Report on sanitation, dispensaries, and jails in Rajputana for 1912, and on vaccination for the year 1912-1913 - 1912-1913
Year: 1912
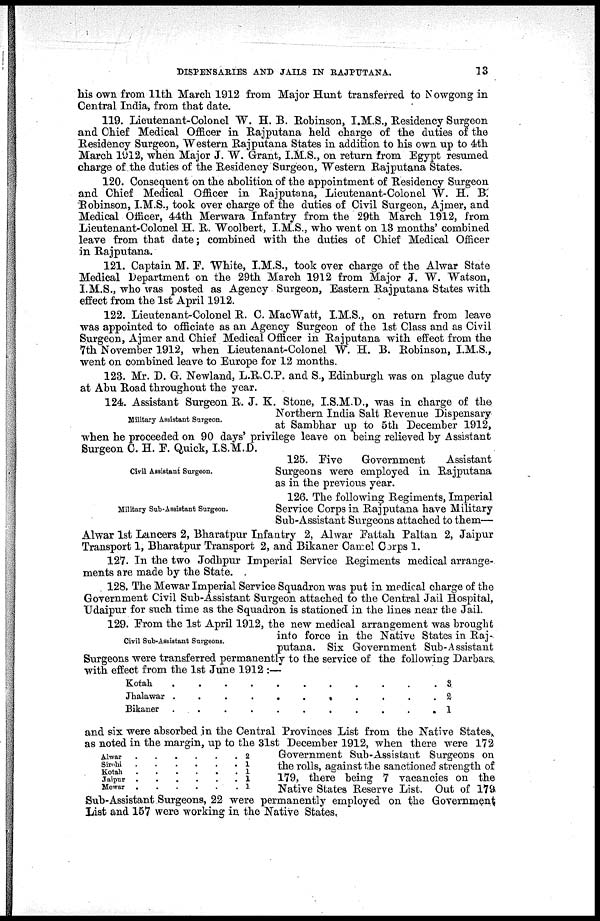
DISPENSAEIES AND JAILS IN RAJPUTANA.
13
his own from 11th March 1912 from Major Hunt transferred to Nowgong in
Central India, from that date.
119. Lieutenant-Colonel W. H. B. Robinson, I.M.S., Residency Surgeon
and Chief Medical Officer in Rajputana held charge of the duties of the
Residency Surgeon, Western Rajputana States in addition to his own up to 4th
March 1912, when Major J. W. Grant, I.M.S., on return from Egypt resumed
charge of the duties of the Residency Surgeon, Western Rajputana States.
120. Consequent on the abolition of the appointment of Residency Surgeon
and Chief Medical Officer in Rajputana, Lieutenant-Colonel W. H. B.
Robinson, I.M.S., took over charge of the duties of Civil Surgeon, Ajmer, and
Medical Officer, 44th Merwara Infantry from the 29th March 1912, from
Lieutenant-Colonel H. R. Woolbert, I.M.S., who went on 13 months' combined
leave from that date; combined with the duties of Chief Medical Officer
in Rajputana.
121. Captain M. F. White, I.M.S., took over charge of the Alwar State
Medical Department on the 29th March 1912 from Major J. W. Watson,
I.M.S., who was posted as Agency Surgeon, Eastern Rajputana States with
effect from the 1st April 1912.
122. Lieutenant-Colonel R. C. MacWatt, I.M.S., on return from leave
was appointed to officiate as an Agency Surgeon of the 1st Class and as Civil
Surgeon, Ajmer and Chief Medical Officer in Rajputana with effect from the
7th November 1912, when Lieutenant-Colonel W. H. B. Robinson, I.M.S.,
went on combined leave to Europe for 12 months.
123. Mr. D. G. Newland, L.R.C.P. and S., Edinburgh was on plague duty
at Abu Road throughout the year.
Military Assistant Surgeon.
124. Assistant Surgeon R. J. K. Stone, I.S.M.D., was in charge of the
Northern India Salt Revenue Dispensary
at Sambhar up to 5th December 1912,
when he proceeded on 90 days' privilege leave on being relieved by Assistant
Surgeon C. H. F. Quick, I.S.M.D.
Civil Assistant Surgeon.
125. Five
Government
Assistant
Surgeons were employed in Rajputana
as in the previous year.
Military Sub-Assistant Surgeon.
126. The following Regiments, Imperial
Service Corps in Rajputana have Military
Sub-Assistant Surgeons attached to them—
Alwar 1st Lancers 2, Bharatpur Infantry 2, Alwar Fattah Paltan 2, Jaipur
Transport 1, Bharatpur Transport 2, and Bikaner Camel Corps 1.
127. In the two Jodhpur Imperial Service Regiments medical arrange-
ments are made by the State.
128. The Mewar Imperial Service Squadron was put in medical charge of the
Government Civil Sub-Assistant Surgeon attached to the Central Jail Hospital,
Udaipur for such time as the Squadron is stationed in the lines near the Jail.
Civil Sub-Assistant Surgeons.
Alwar . . . . . .
Sirohi . . . . . .
Kotah . . . . . .
Jaipur . . . . . .
Mewar . . . . .
2
1
1
1
1
129. From the 1st April 1912, the new medical arrangement was brought
into force in the Native States in Raj-
putana. Six Government Sub-Assistant
Surgeons were transferred permanently to the service of the following Darbars,
with effect from the 1st June 1912 :—
Kotah . . . . .
Jhalawar
.
.
.
.
Bikaner . . . .
3
2
1
and six were absorbed in the Central Provinces List from the Native States,
as noted in the margin, up to the 31st December 1912, when there were 172
Government Sub-Assistant Surgeons on
the rolls, against the sanctioned strength of
179, there being 7 vacancies on the
Native States Reserve List. Out of 179
Sub-Assistant Surgeons, 22 were permanently employed on the Government
List and 157 were working in the Native States.